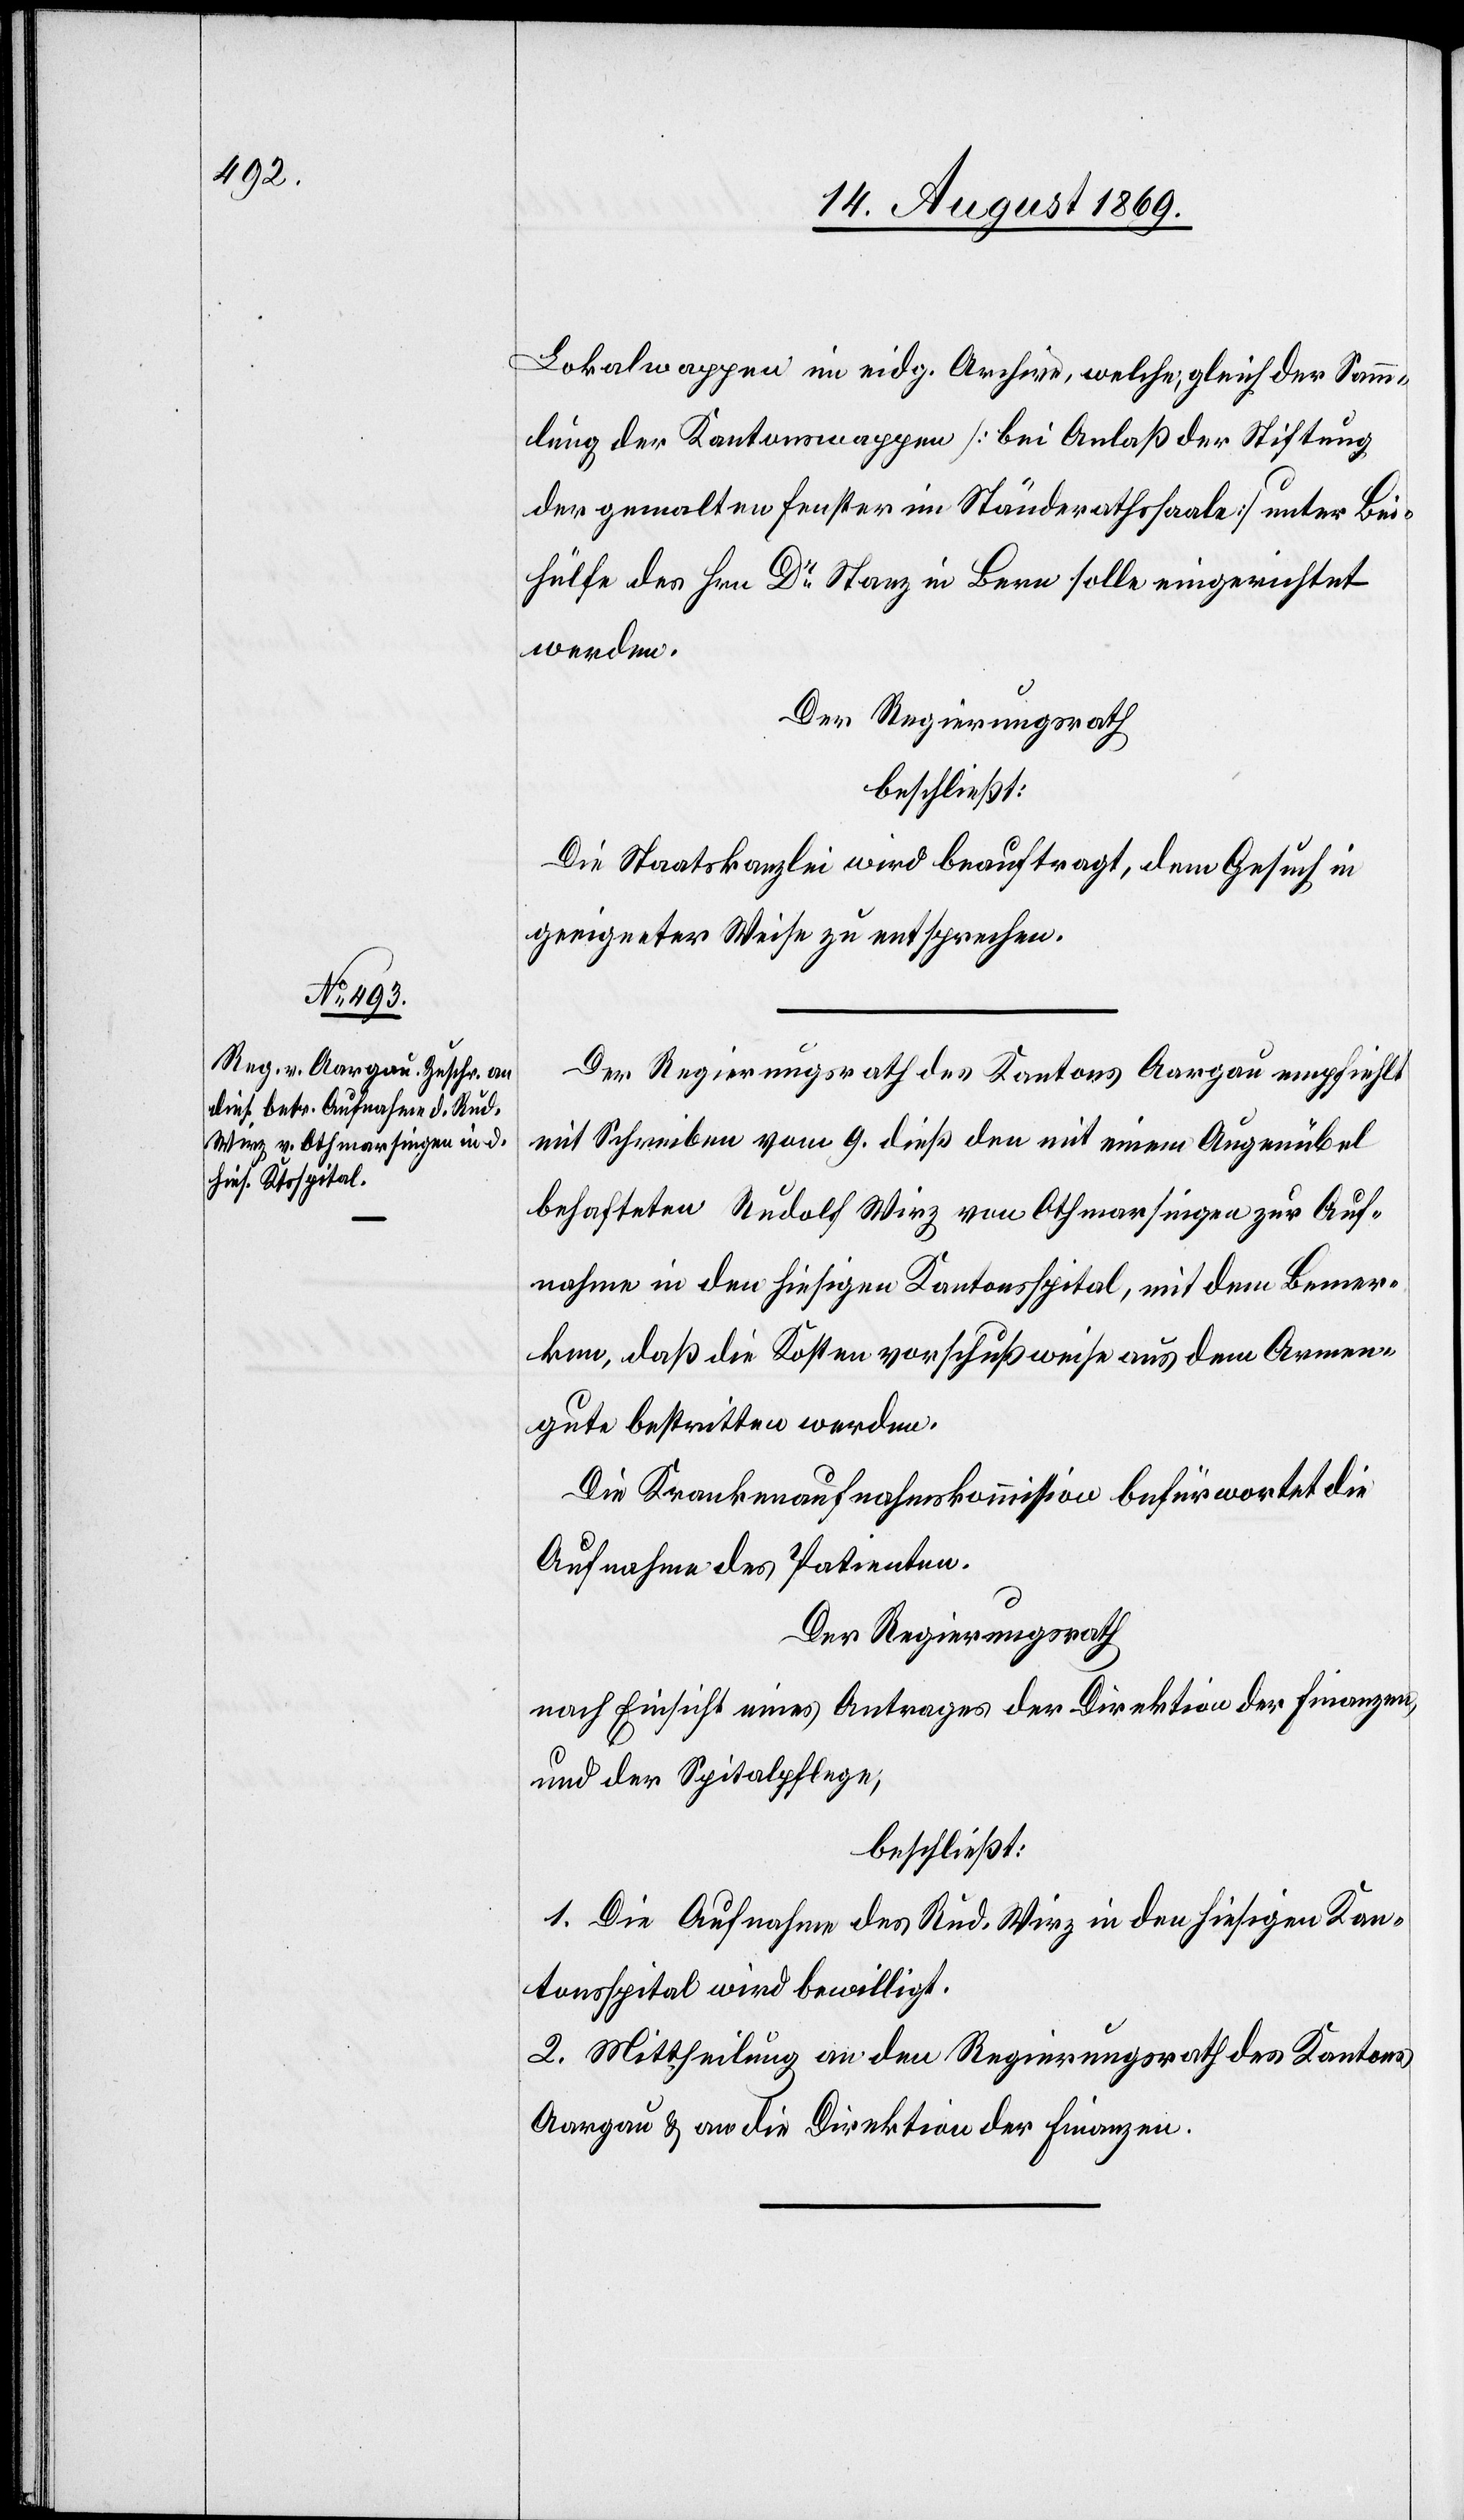
Lokalwappen im eidg. Archiv, welche, gleich der Samm¬
lung der Kantonswappen [bei Anlaß der Stiftung
der gemalten Fenster im Ständerathssaale] unter Bei¬
hülfe des Hrn. Dr Stanz in Bern solle eingerichtet
werden.
Der Regierungsrath
beschließt:
Die Staatskanzlei wird beauftragt, dem Gesuch in
geeigneter Weise zu entsprechen.
Der Regierungsrath des Kantons Aargau empfiehlt
mit Schreiben vom 9 dieß den mit einem Augenübel
behafteten Rudolf Wirz von Othmarsingen zur Auf¬
nahme in den hiesigen Kantonsspital, mit dem Bemer¬
ken, daß die Kosten vorschußweise aus dem Armen¬
gute bestritten werden.
Die Krankenaufnahmskommission befürwortet die
Aufnahme des Patienten.
Der Regierungsrath,
nach Einsicht eines Antrages der Direktion der Finanzen,
und der Spitalpflege,
beschließt:
1. Die Aufnahme des Rud. Wirz in den hiesigen Kan¬
tonsspital wird bewilligt.
2. Mittheilung an den Regierungsrathe des Kantons
Aargau & an die Direktion der Finanzen.